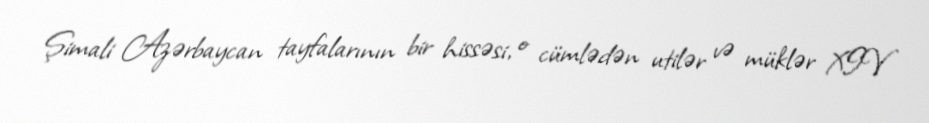
Şimali Azərbaycan tayfalarının bir hissəsi, o cümlədən utilər və müklər XIV